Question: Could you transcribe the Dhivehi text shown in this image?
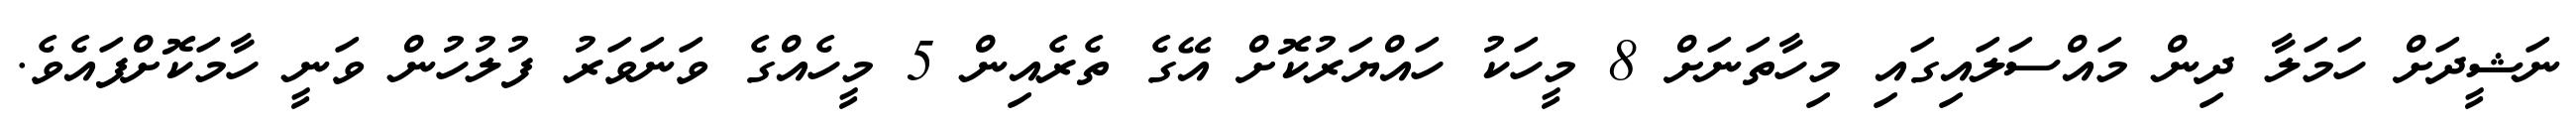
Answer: ނަޝީދަށް ހަމަލާ ދިން މައްސަލައިގައި މިހާތަނަށް 8 މީހަކު ހައްޔަރުކޮށް އޭގެ ތެރެއިން 5 މީހެއްގެ ވަނަވަރު ފުލުހުން ވަނީ ހާމަކޮށްފައެވެ.